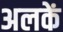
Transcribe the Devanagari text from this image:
अलकें